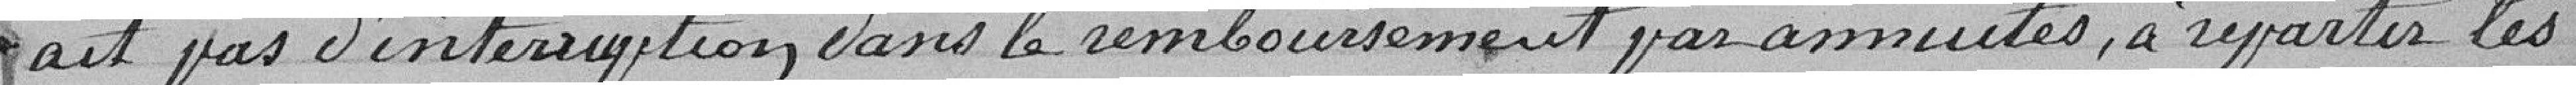
ait pas d'interruption dans le remboursement par annuités, à répartir les